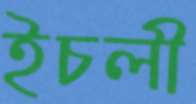
ইচলী